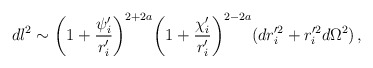
\begin{align*}dl^{2}\sim \biggl (1+\frac{\psi_{i}^{\prime}}{r_{i}^{\prime}}\biggr )^{2+2a}\biggl (1 +\frac{\chi_{i}^{\prime}}{r_{i}^{\prime}} \biggr )^{2-2a}(dr_{i}^{\prime 2} +r_{i}^{\prime 2}d\Omega^{2})\, ,\end{align*}